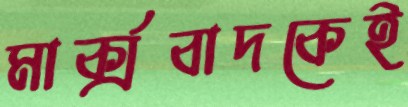
মার্ক্সবাদকেই